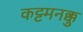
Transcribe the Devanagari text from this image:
कट्टमनक्कु